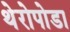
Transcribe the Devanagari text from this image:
थेरोपोडा